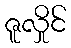
ဇူလှိုင်